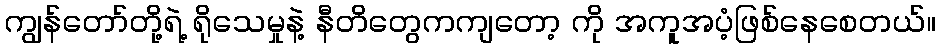
ကျွန်တော်တို့ရဲ့ ရိုသေမှုနဲ့ နီတိတွေကကျတော့ ကို အကူအပံ့ဖြစ်နေစေတယ်။